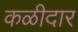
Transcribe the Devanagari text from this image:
कळीदार